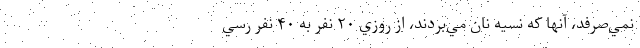
نمي‌صرفد، آنها كه نسيه نان مي‌بردند، از روزي ۲۰ نفر به ۴۰ نفر رسي